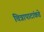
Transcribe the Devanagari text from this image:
चित्रापाटांकडे